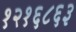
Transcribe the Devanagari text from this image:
१२१६८६३